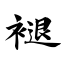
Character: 褪